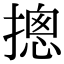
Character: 摠